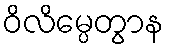
ဝိလိမ္ပေတွာန